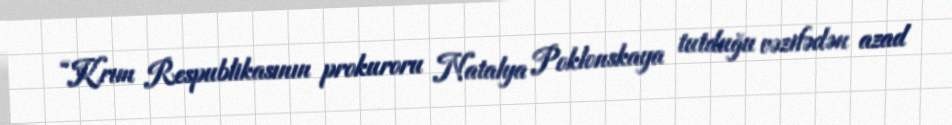
“Krım Respublikasının prokuroru Natalya Poklonskaya tutduğu vəzifədən azad